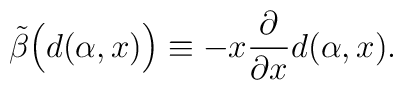
\tilde\beta\Big(d(\alpha,x)\Big) \equiv- x\frac{\partial}{\partial x} d(\alpha,x).